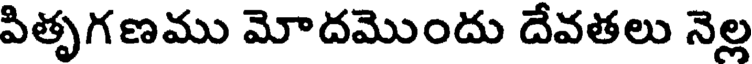
పితృగణము మోదమొందు దేవతలు నెల్ల